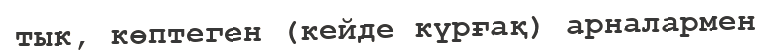
тык, көптеген (кейде күрғақ) арналармен